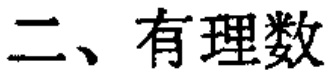
二、有理数